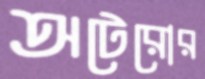
অটেরোর